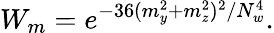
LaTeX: W_{m}=e^{-36(m_{y}^{2}+m_{z}^{2})^{2}/N_{w}^{4}}.